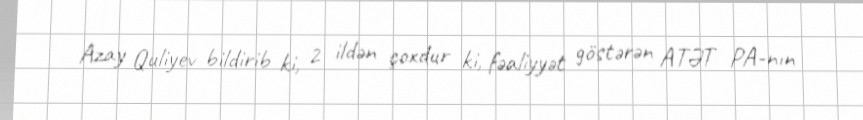
Azay Quliyev bildirib ki, 2 ildən çoxdur ki, fəaliyyət göstərən ATƏT PA-nın